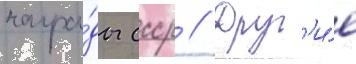
награ́ды ссср // Друг'и́е